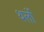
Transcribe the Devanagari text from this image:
थर्लो